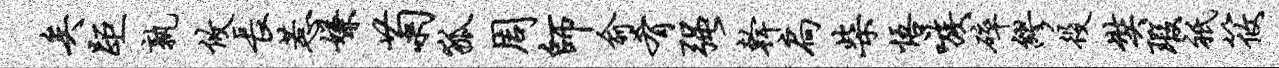
矣距孰攸长惹嫌菊狐周师俞肴强干扃柴悟嗾碎缪役奘瑕只筱